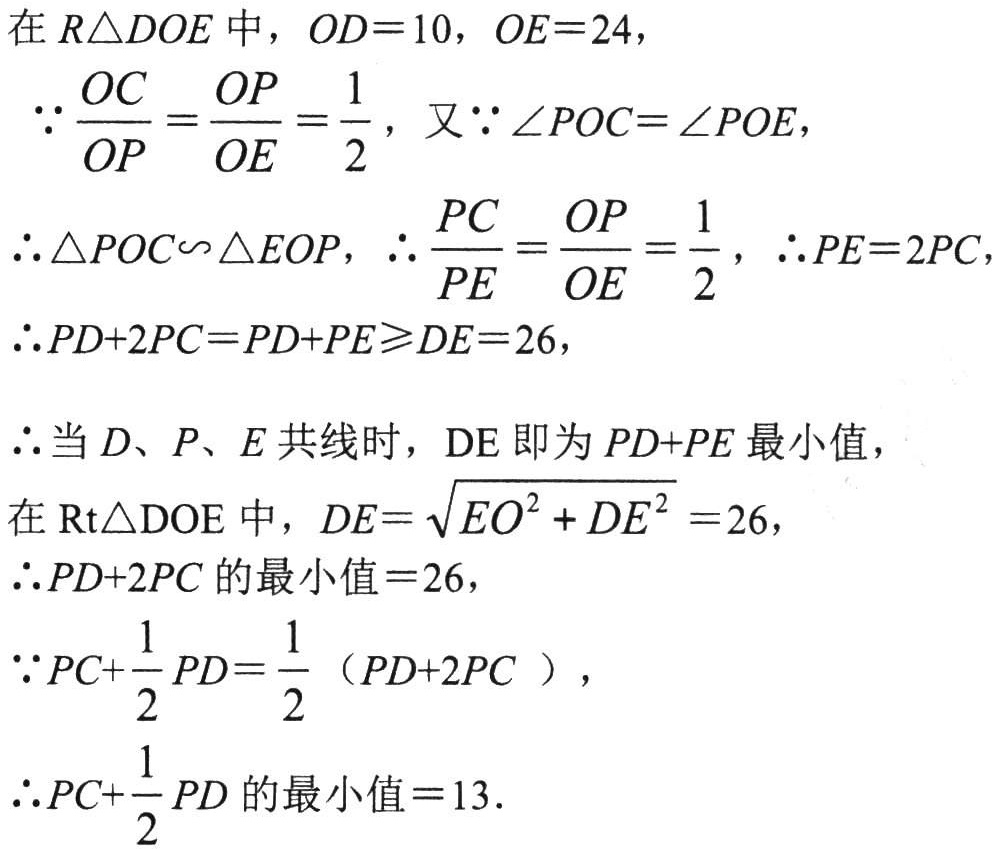
在 \(R\triangle DOE\) 中，\(OD = 10\)，\(OE = 24\)，
\(\because\frac{OC}{OP}=\frac{OP}{OE}=\frac{1}{2}\)，又\(\because\angle POC=\angle POE\)，
\(\therefore\triangle POC\sim\triangle EOP\)，\(\therefore\frac{PC}{PE}=\frac{OP}{OE}=\frac{1}{2}\)，\(\therefore PE = 2PC\)，
\(\therefore PD + 2PC=PD + PE\geqslant DE = 26\)，
\(\therefore\)当 \(D\)、\(P\)、\(E\) 共线时，\(DE\) 即为 \(PD + PE\) 最小值，
在 \(\text{Rt}\triangle DOE\) 中，\(DE=\sqrt{EO^{2}+DE^{2}} = 26\)，
\(\therefore PD + 2PC\) 的最小值 \(= 26\)，
\(\because PC+\frac{1}{2}PD=\frac{1}{2}(PD + 2PC)\)，
\(\therefore PC+\frac{1}{2}PD\) 的最小值 \(= 13\)．